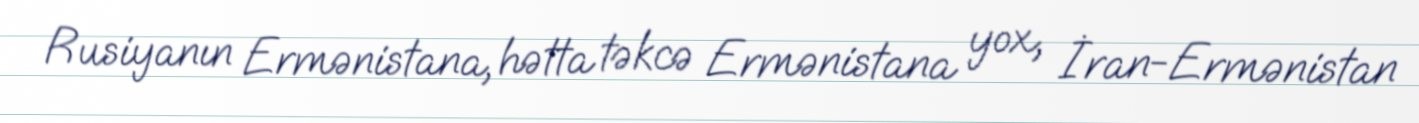
Rusiyanın Ermənistana, hətta təkcə Ermənistana yox, İran-Ermənistan